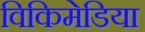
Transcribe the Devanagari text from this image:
विकिमेडिया